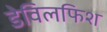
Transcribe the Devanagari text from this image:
डेविलफिश